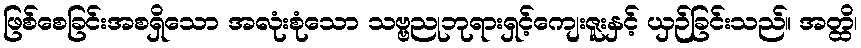
ဖြစ်စေခြင်းအစရှိသော အလုံးစုံသော သဗ္ဗညုဘုရားရှင့်ကျေးဇူးနှင့် ယှဉ်ခြင်းသည်။ အတ္ထိ၊